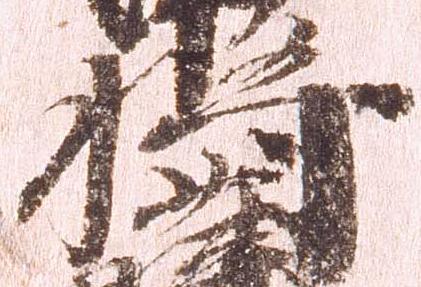
将